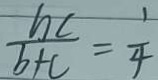
\frac { h c } { b + c } = \frac { 1 } { 4 }